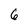
Character: 6